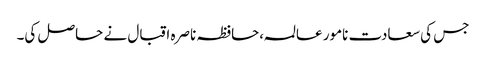
جس کی سعادت نامور عالمہ،حافظہ ناصرہ اقبال نے حاصل کی۔